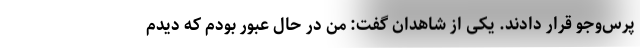
پرس‌وجو قرار دادند. یکی از شاهدان گفت: من در حال عبور بودم که دیدم